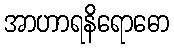
အာဟာရနိရောဓော